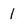
Character: 1